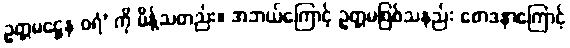
ဥတ္တမဋ္ဌေန ဝရံ’ ကို မိန့်သတည်း။ အဘယ်ကြောင့် ဥတ္တမဖြစ်သနည်း စောဒနာကြောင့်